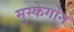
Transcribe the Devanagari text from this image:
मुस्केगोन